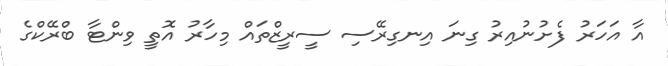
އާ އަހަރު ފެށުނުއިރު ގިނަ އިނގިރޭސި ސީރީޒްތައް މިހާރު އޮތީ ވިންޓާ ބްރޭކްގެ